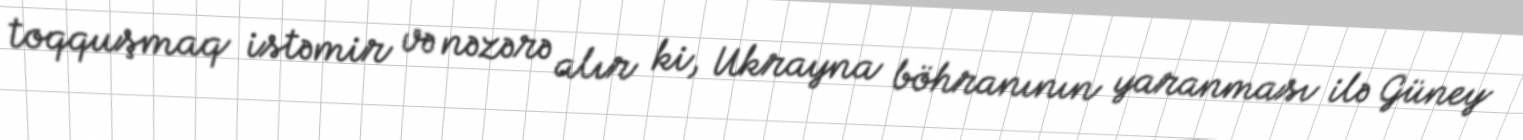
toqquşmaq istəmir və nəzərə alır ki, Ukrayna böhranının yaranması ilə Güney